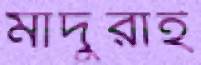
মাদুরাই